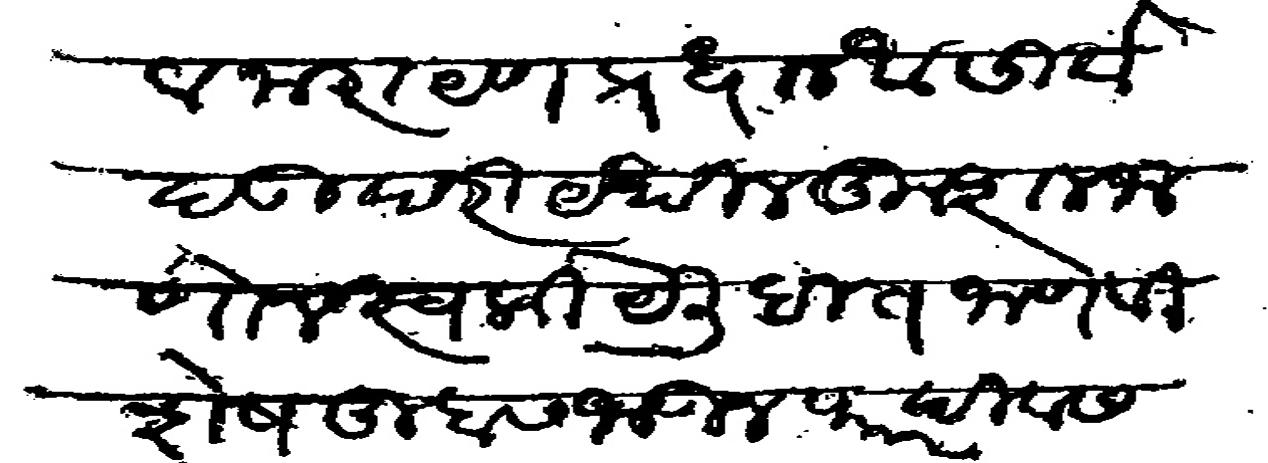
Transliteration (Devanagari): माधवराव नारायण प्रधान आसिर्वाद उपरी येथील कुशल जाणोन स्वकीये लिहीत जाणे विशेष तुम्हास जाऊन फार दिवस